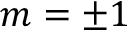
m = \pm 1